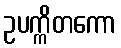
ဥပက္ကိတကော